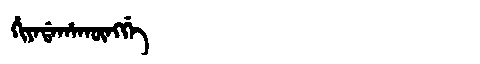
Manchu: ᡥᡳᠶᠠᡩᠠᡥᠠᡴᡡᠩᡤᡝ
Romanization: HIYADAHAKŪNGGE